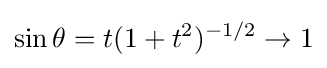
\sin \theta =t(1+t^{2})^{-1/2}\to 1